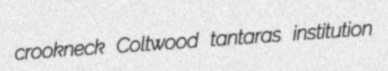
crookneck Coltwood tantaras institution